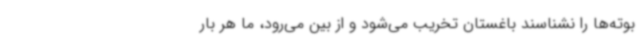
بوته‌ها را نشناسند باغستان تخریب می‌شود و از بین می‌رود، ما هر بار